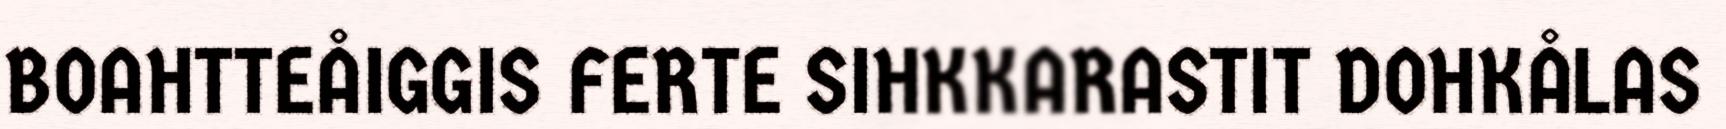
BOAHTTEÅIGGIS FERTE SIHKKARASTIT DOHKÅLAS